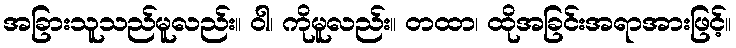
အခြားသူသည်မူလည်း။ ဝါ၊ ကိုမူလည်း။ တထာ၊ ထိုအခြင်းအရာအားဖြင့်။